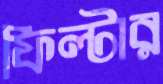
ফিল্টার